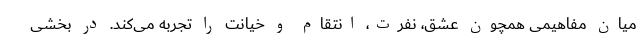
میان مفاهیمی همچون عشق، نفرت، انتقام و خیانت را تجربه می‌کند. در بخشی